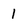
Character: 1